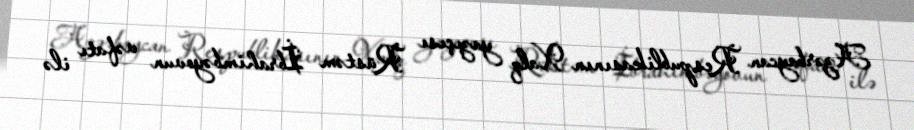
Azərbaycan Respublikasının Xalq yazıçısı Rüstəm İbrahimbəyovun vəfatı ilə